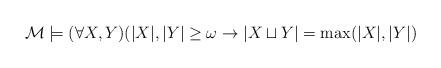
LaTeX: \begin{align*}\mathcal M\models (\forall X, Y)(|X|,|Y|\geq \omega \rightarrow |X \sqcup Y| = \max(|X|, |Y|)\end{align*}